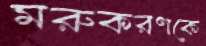
মরুকরণকে